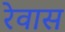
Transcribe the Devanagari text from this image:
रेवास